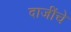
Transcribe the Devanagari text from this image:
दाजींचे